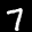
Label: 7